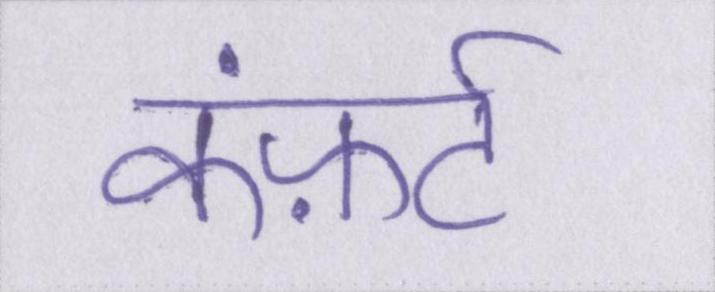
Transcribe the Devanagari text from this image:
कंफ़र्ट